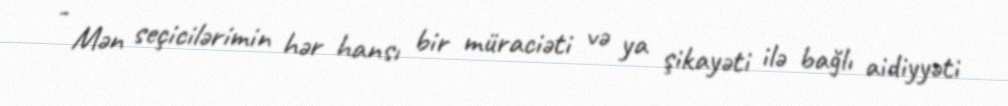
- Mən seçicilərimin hər hansı bir müraciəti və ya şikayəti ilə bağlı aidiyyəti